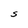
Character: t